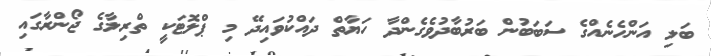
ބަލި އަންހެނެއްގެ ސަބަބުން ބަރުބާދުވެގެންދާ ހަޔާތް ދައްކުވައިދޭ މި ޕްލޮޓަކީ ތްރިލާގެ ޖޯންރާގައި